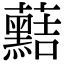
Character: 䕸